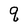
Character: q